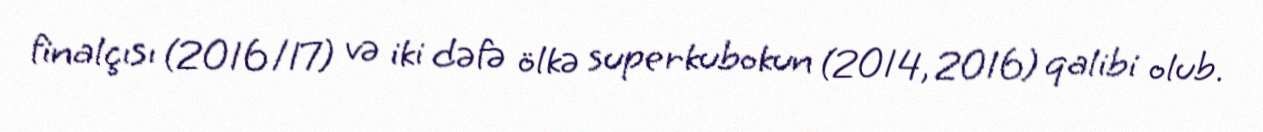
finalçısı (2016/17) və iki dəfə ölkə superkubokun (2014, 2016) qalibi olub.